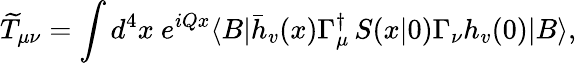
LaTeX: \widetilde{T}_{\mu\nu}=\int d^{4}x\ e^{iQx}\langle B|\bar{h}_{v}(x)\Gamma_{\mu}^{\dagger}\, S(x|0)\Gamma_{\nu}h_{v}(0)|B\rangle,